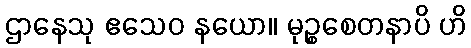
ဌာနေသု ဧသေဝ နယော။ မုဉ္စစေတနာပိ ဟိ